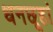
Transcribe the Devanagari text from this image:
धनछूहां